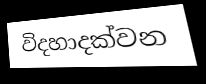
විදහාදක්වන